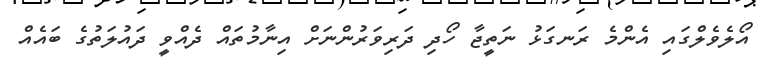
އޯލެވެލްގައި އެންމެ ރަނގަޅު ނަތީޖާ ހޯދި ދަރިވަރުންނަށް އިނާމުތައް ދެއްވީ ދައުލަތުގެ ބައެއް